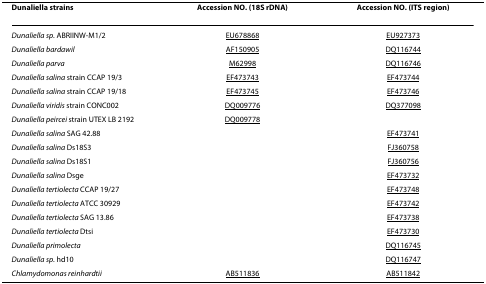
| Dunaliella strains | Accession NO. (18S rDNA) | Accession NO. (ITS region) |
 | --- | --- | --- |
 | Dunaliella sp. ABRIINW-M1/2 | EU678868 | EU927373 |
 | Dunaliella bardawil | AF150905 | DQ116744 |
 | Dunaliella parva | M62998 | DQ116746 |
 | Dunaliella salina strain CCAP 19/3 | EF473743 | EF473744 |
 | Dunaliella salina strain CCAP 19/18 | EF473745 | EF473746 |
 | Dunaliella viridis strain CONC002 | DQ009776 | DQ377098 |
 | Dunaliella peircei strain UTEX LB 2192 | DQ009778 |  |
 | Dunaliella salina SAG 42.88 |  | EF473741 |
 | Dunaliella salina Ds18S3 |  | FJ360758 |
 | Dunaliella salina Ds18S1 |  | FJ360756 |
 | Dunaliella salina Dsge |  | EF473732 |
 | Dunaliella tertiolecta CCAP 19/27 |  | EF473748 |
 | Dunaliella tertiolecta ATCC 30929 |  | EF473742 |
 | Dunaliella tertiolecta SAG 13.86 |  | EF473738 |
 | Dunaliella tertiolecta Dtsi |  | EF473730 |
 | Dunaliella primolecta |  | DQ116745 |
 | Dunaliella sp. hd10 |  | DQ116747 |
 | Chlamydomonas reinhardtii | AB511836 | AB511842 |